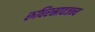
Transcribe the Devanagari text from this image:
रुधिरस्रावजन्य